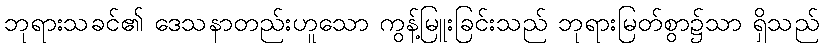
ဘုရားသခင်၏ ဒေသနာတည်းဟူသော ကွန့်မြူးခြင်းသည် ဘုရားမြတ်စွာ၌သာ ရှိသည်